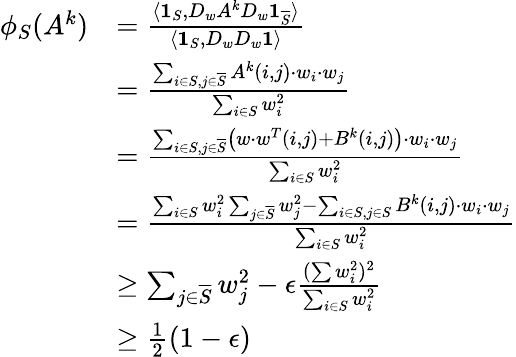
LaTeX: \begin{array}{rl}{\phi_{S}(A^{k})}&{=\frac{\langle\mathbf{1}_{S},D_{w}A^{k}D_{w}\mathbf{1}_{\overline{{S}}}\rangle}{\langle\mathbf{1}_{S},D_{w}D_{w}\mathbf{1}\rangle}}\\ &{=\frac{\sum_{i\in S,j\in\overline{{S}}}A^{k}(i,j)\cdot w_{i}\cdot w_{j}}{\sum_{i\in S}w_{i}^{2}}}\\ &{=\frac{\sum_{i\in S,j\in\overline{{S}}}\left(w\cdot w^{T}(i,j)+B^{k}(i,j)\right)\cdot w_{i}\cdot w_{j}}{\sum_{i\in S}w_{i}^{2}}}\\ &{=\frac{\sum_{i\in S}w_{i}^{2}\sum_{j\in\overline{{S}}}w_{j}^{2}-\sum_{i\in S,j\in S}B^{k}(i,j)\cdot w_{i}\cdot w_{j}}{\sum_{i\in S}w_{i}^{2}}}\\ &{\geq\sum_{j\in\overline{{S}}}w_{j}^{2}-\epsilon\frac{(\sum w_{i}^{2})^{2}}{\sum_{i\in S}w_{i}^{2}}}\\ &{\geq\frac{1}{2}(1-\epsilon)}\end{array}